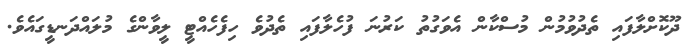
ދޫކޮށްލާފައި ތެދުވުމުން މުސްކާން އެވަގުތު ކަރުނަ ފުހެލާފައި ތެދުވެ ހިފެހެއްޓީ ލީވާންގެ މުލައްދަނޑީގައެވެ.